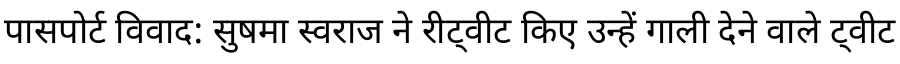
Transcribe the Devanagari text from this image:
पासपोर्ट विवाद: सुषमा स्वराज ने रीट्वीट किए उन्हें गाली देने वाले ट्वीट